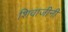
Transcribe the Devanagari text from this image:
शिवाजीनी